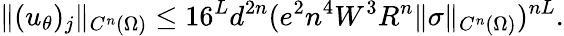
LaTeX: \| (u_{\theta})_{j}\| _{C^{n}(\Omega)}\leq 16^{L}d^{2n}(e^{2}n^{4}W^{3}R^{n}\| \sigma\| _{C^{n}(\Omega)})^{nL}.